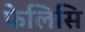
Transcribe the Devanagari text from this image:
फेलिसि